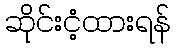
ဆိုင်းငံ့ထားရန်